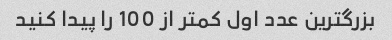
بزرگترین عدد اول کمتر از 100 را پیدا کنید